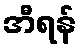
အီရန်